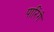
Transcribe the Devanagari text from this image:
पारिंगे